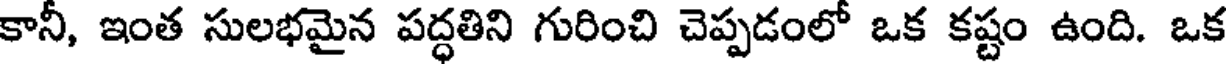
కానీ, ఇంత సులభమైన పద్ధతిని గురించి చెప్పడంలో ఒక కష్టం ఉంది. ఒక